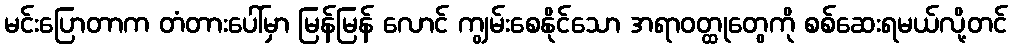
မင်းပြောတာက တံတားပေါ်မှာ မြန်မြန် လောင် ကျွမ်းစေနိုင်သော အရာဝတ္ထုတွေကို စစ်ဆေးရမယ်လို့တင်